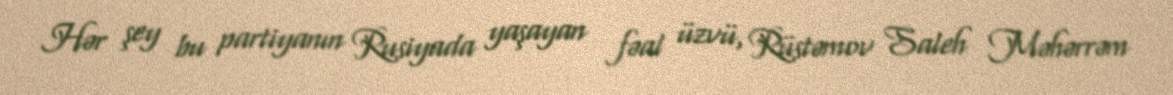
Hər şey bu partiyanın Rusiyada yaşayan fəal üzvü, Rüstəmov Saleh Məhərrəm